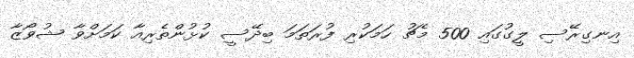
އިނގިރޭސި ލީގުގައި 500 މެޗު ހަމަކުރި ފުރަތަމަ ބިދޭސީ ކުޅުންތެރިއާ ކަމަށްވާ ޝުވޯޒާ